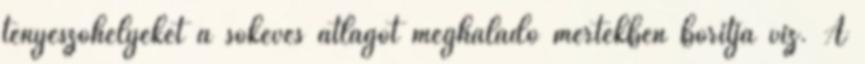
tenyészőhelyeket a sokéves átlagot meghaladó mértékben borítja víz. A